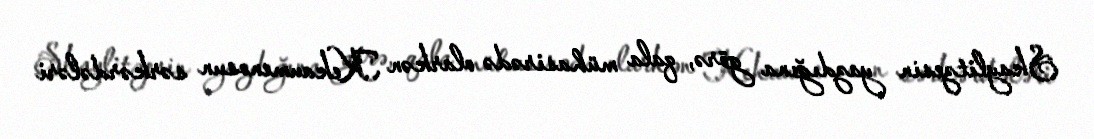
Skaylitzesin yazdığına görə, qala mühasirədə olarkən Kekaumenosun sərkərdələri